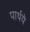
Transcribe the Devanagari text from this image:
पार्थये